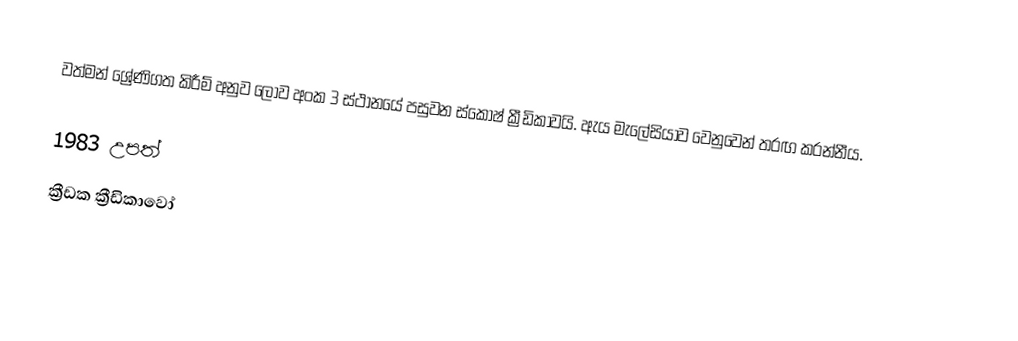
වත්මන් ශ්‍රේණිගත කිරීම් අනුව ලොව අංක 3 ස්ථානයේ පසුවන ස්කොෂ් ක්‍රීඩිකාවයි. ඇය මැලේසියාව වෙනුවෙන් තරඟ කරන්නීය.

1983 උපත්
ක්‍රීඩක ක්‍රීඩිකාවෝ